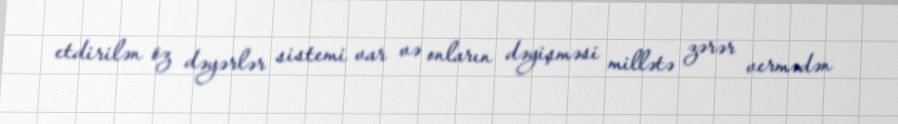
etdirilən öz dəyərlər sistemi var və onların dəyişməsi millətə zərər vermədən